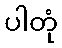
ပါတုံ